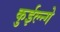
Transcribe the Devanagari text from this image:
कुईल्न्गे